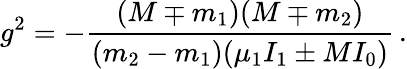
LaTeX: g^{2}=-\frac{(M\mp m_{1})(M\mp m_{2})}{(m_{2}-m_{1})(\mu_{1}I_{1}\pm MI_{0})}\, .